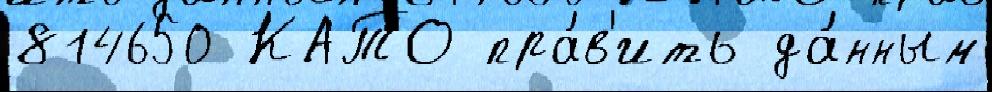
814650 КАТО пра́в'ить да́нным